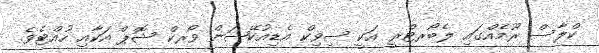
ކްލާސް ރޫމެެއްގައި ލެބޯރޓްރީ އަކީ ސިވިކް އެޑިއުކޭޝަން ވޯރކް ޝޮޕް އަކާއި ހުއްޓެވެ.